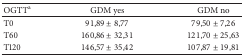
| OGTTa | GDM yes | GDM no |
 | --- | --- | --- |
 | T0 | 91,89 ± 8,77 | 79,50 ± 7,26 |
 | T60 | 160,86 ± 32,31 | 121,70 ± 25,63 |
 | T120 | 146,57 ± 35,42 | 107,87 ± 19,81 |